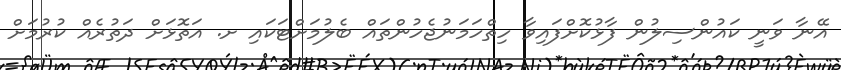
އޭނާ ވަނީ ކައުންސިލުން ފާޅުކޮށްފައިވާ ހިތްހަމަނުޖެހުންތައް ބެލުމަށްޓަކައި ށ. އަތޮޅަށް ދަތުރެއް ކުރުމަށް